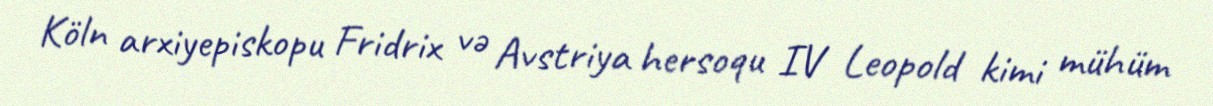
Köln arxiyepiskopu Fridrix və Avstriya hersoqu IV Leopold kimi mühüm